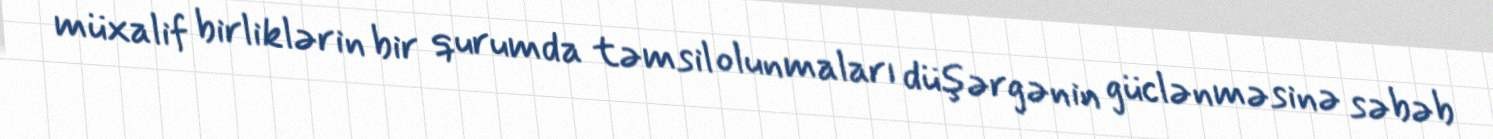
müxalif birliklərin bir qurumda təmsil olunmaları düşərgənin güclənməsinə səbəb